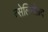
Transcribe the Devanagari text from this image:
त्सेलिनोग्रद